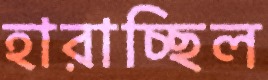
হারাচ্ছিল